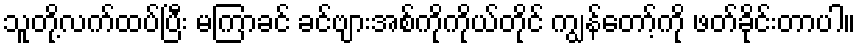
သူတို့လက်ထပ်ပြီး မကြာခင် ခင်ဗျားအစ်ကိုကိုယ်တိုင် ကျွန်တော့်ကို ဖတ်ခိုင်းတာပါ။